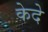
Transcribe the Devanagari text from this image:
केदे